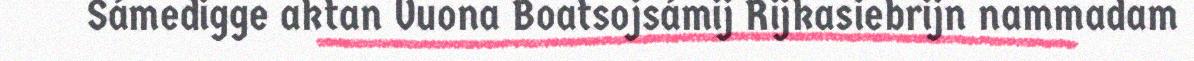
Sámedigge aktan Vuona Boatsojsámij Rijkasiebrijn nammadam